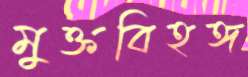
মুক্তবিহঙ্গ